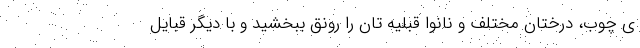
ی چوب، درختان مختلف و نانوا قبلیه تان را رونق ببخشید و با دیگر قبایل